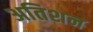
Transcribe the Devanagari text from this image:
अतिशन